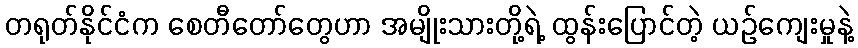
တရုတ်နိုင်ငံက စေတီတော်တွေဟာ အမျိုးသားတို့ရဲ့ ထွန်းပြောင်တဲ့ ယဉ်ကျေးမှုနဲ့